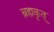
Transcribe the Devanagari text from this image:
ब्रह्मकृत्